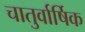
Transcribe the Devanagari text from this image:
चातुर्वार्षिक